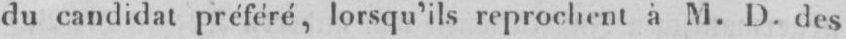
du candidat préféré, lorsqu’ils reprochent à M. D. des